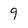
Character: 9